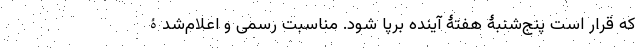
که قرار است پنج‌شنبۀ هفتۀ آینده برپا شود. مناسبت رسمی و اعلام‌شدۀ